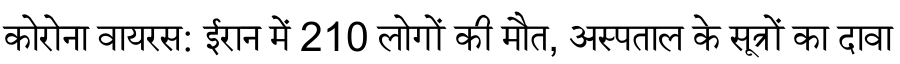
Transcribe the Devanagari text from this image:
कोरोना वायरस: ईरान में 210 लोगों की मौत, अस्पताल के सूत्रों का दावा